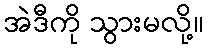
အဲဒီကို သွားမလို့။